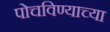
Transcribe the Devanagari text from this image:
पोचविण्याच्या